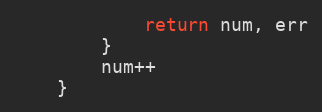
Language: Go
			return num, err
		}
		num++
	}